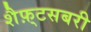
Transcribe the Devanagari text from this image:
शैफ़्टसबरी